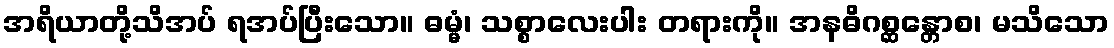
အရိယာတို့သိအပ် ရအပ်ပြီးသော။ ဓမ္မံ၊ သစ္စာလေးပါး တရားကို။ အနဓိဂစ္ဆန္တောစ၊ မသိသော